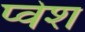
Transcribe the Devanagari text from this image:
प्वेश